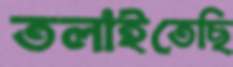
তলাইতেছি